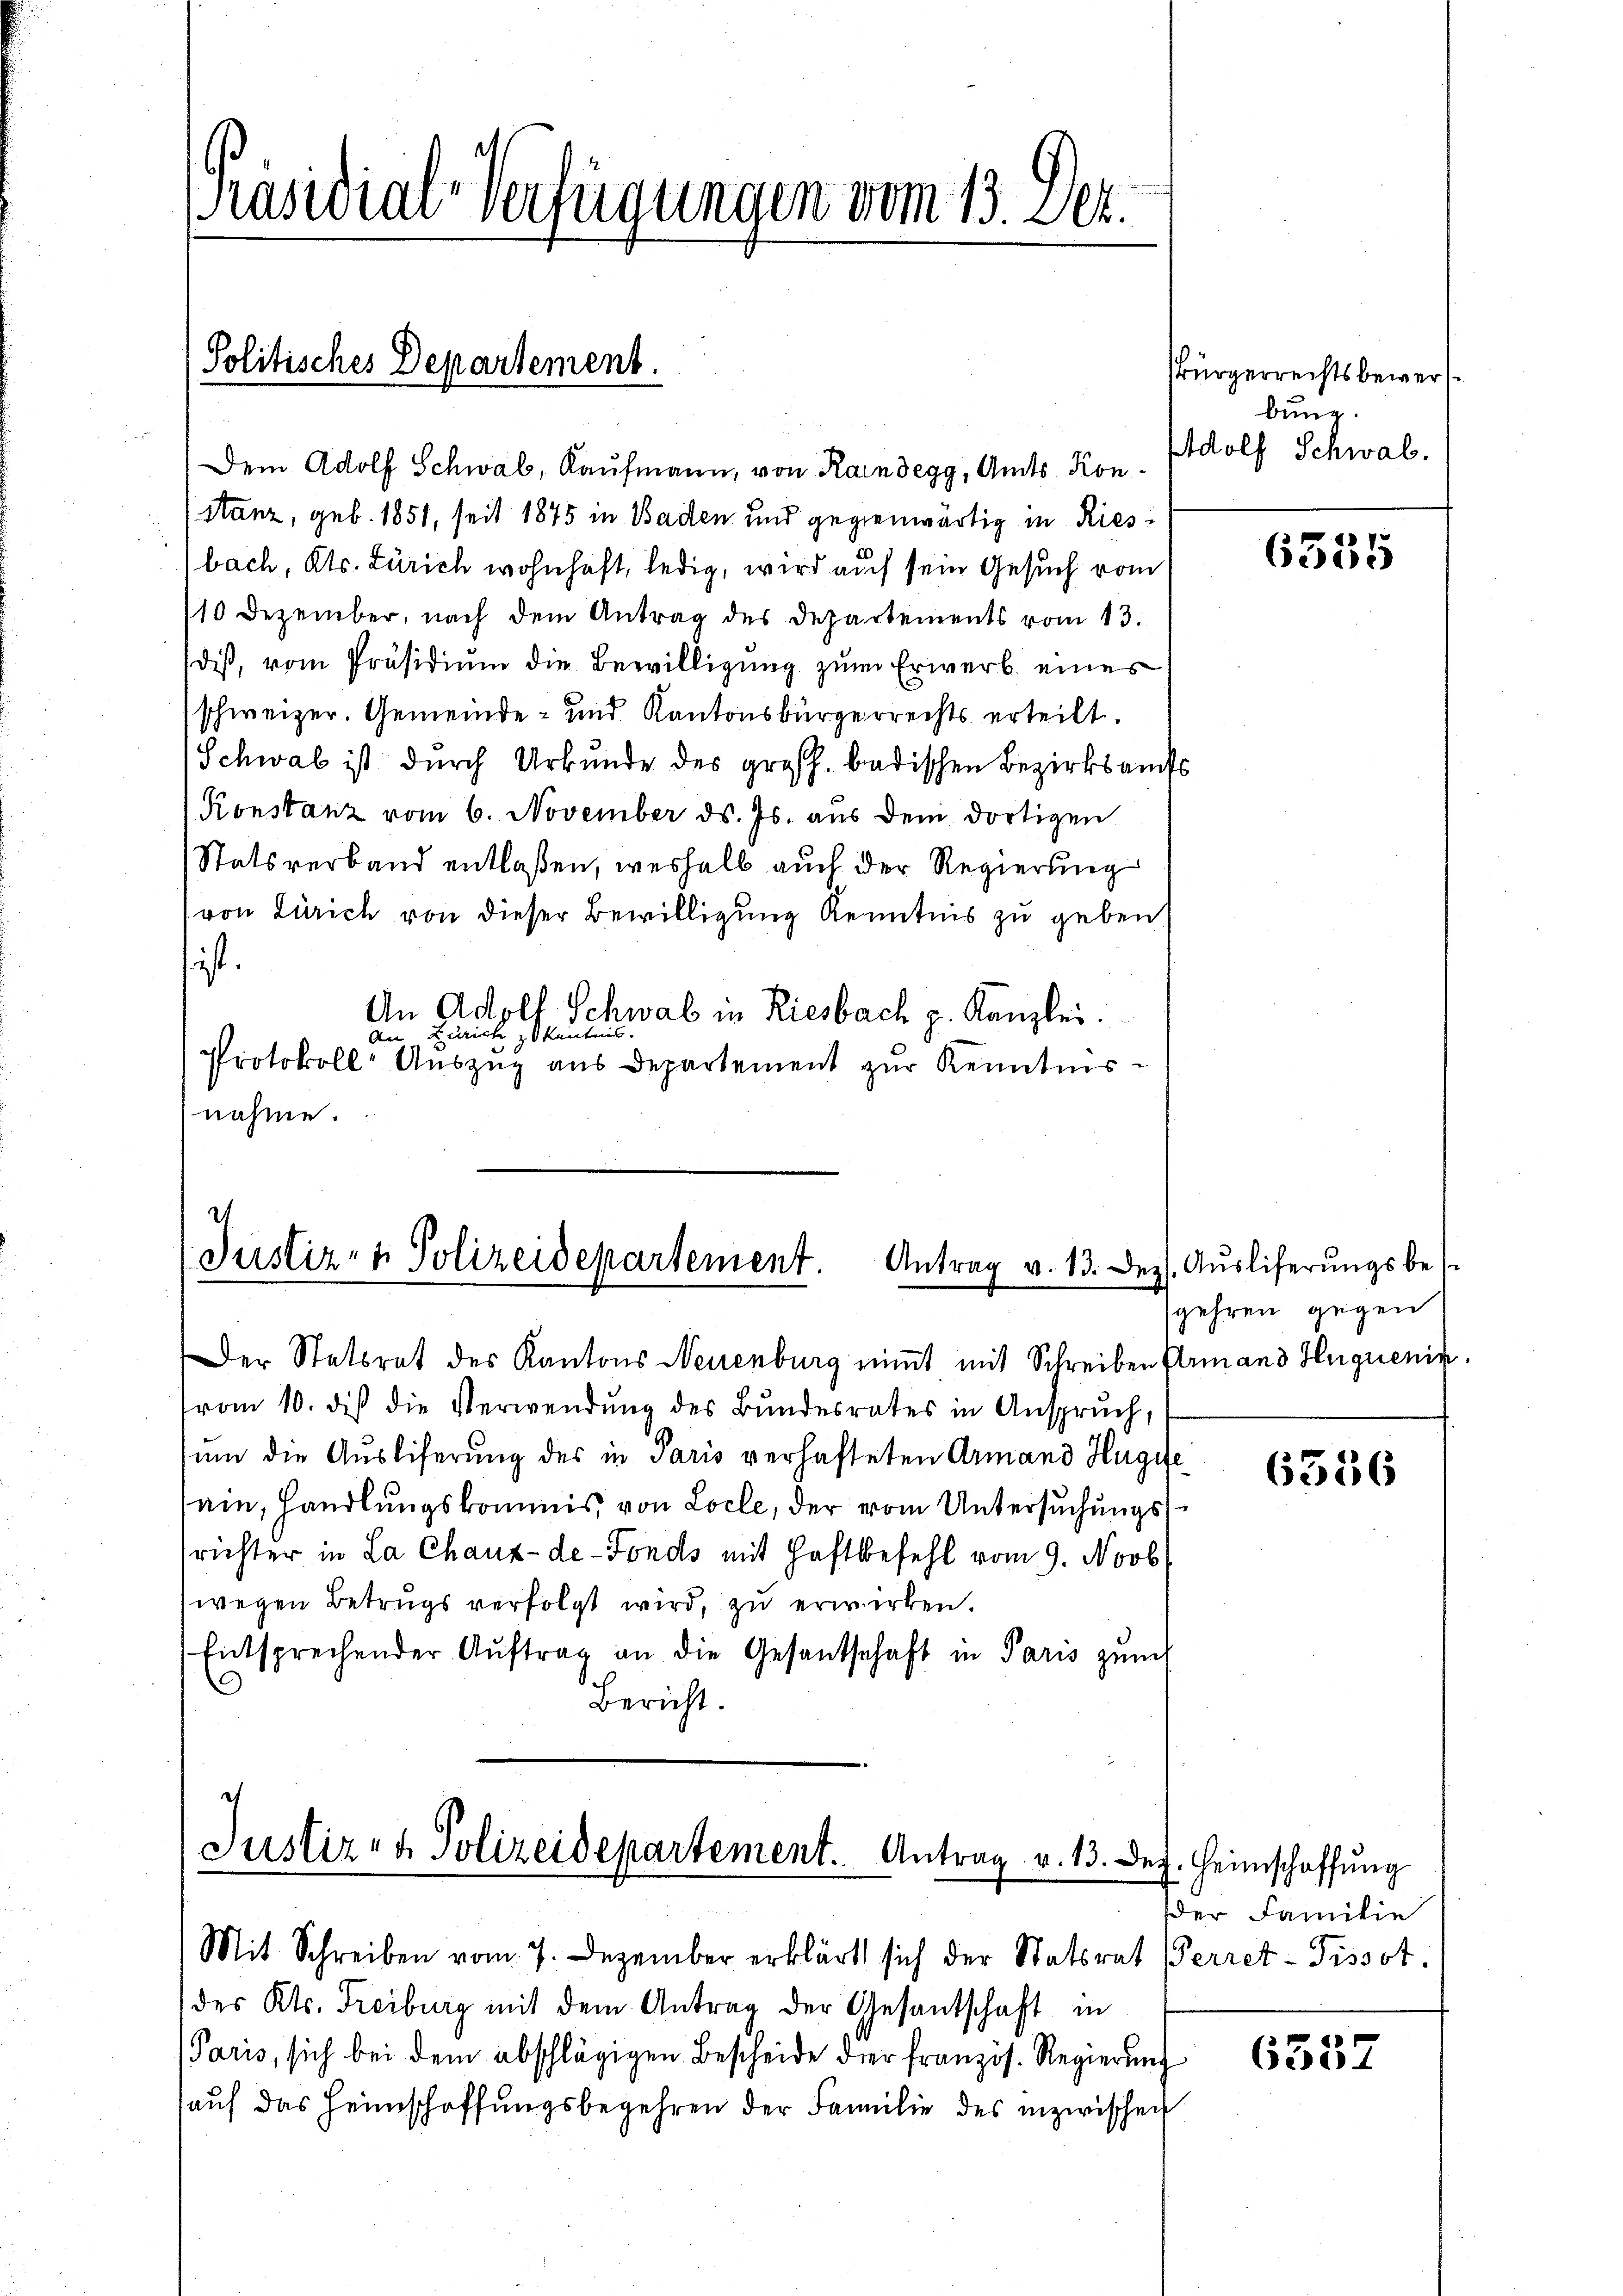
[Präsidial-Verfügungen vom 13. Dez.

Politisches Departement.

Dem Adolf Schwab, Kaufmann, von Raindegg, Amts Kon¬
Stanz, geb. 1851, seit 1875 in Baden und gegenwärtig in Riesbach, Kts. Zürich wohnhaft, ledig, wird auch sein Gesuch vom
10 Dezember, nach dem Antrag des Departements vom 13.
diß, vom Präsidium die Bewilligung zum Erwerb eines
(schweizer. Gemeinde- und Kantonsbürgerrechts erteilt.
Schwab ist durch Urkunde des großh. badischen Bezirksamts
Konstanz vom 6. November ds. Js. aus dem dortigen
Statsverband entlaßen, weshalb auch der Regierung
(von Zürich von dieser Bewilligung Kenntnis zu geben
ist.
An Adolf Schwal in Riesbach p. Kanzlei.
An Zürich, z. Kantons.
Protokoll-Auszug aus Departement zur Kenntnisnahme.

2
Justiz- & Polizeidepartement. Antrag v. 13. Dez. Aŭsliferŭngsbe

Justiz- & Polizeidepartement. Antrag v. 13. Dez. Heimschaffŭng

Der Statsrat des Kantons Neuenburg nimmt mit Schreiben Ermand Huguenin
from 10. dis die Verwendung des Bundesrates in Anspruch,
um die Ausliferung des in Paris verhafteten Armand Hugie
ein, Handlungskommis, von Loche, der vom Untersuchungssrichter in La Chaux-de-Fonds mit Haftbefehl vom 9. Novb
wegen Betrugs verfolgt wird, zu erwirken.
Entsprechender Aŭftrag an die Gesandschaft in Paris zŭm
Bericht.

Mit Schreiben vom 7. Dezember erklärt sich der Statsrat Perret-Tissot.
des Kts. Freiburg mit dem Antrag der Gesantschaft in
Paris, sich bei dem abschlägigen Bescheide der französ. Regierŭng
auf das Heimschaffungsbegehren der Familie des inzwischen

Bürgerrechtsbewerf
bung.
Adolf Schwab.

6335

gehren gegen

6536

der Familie

6557